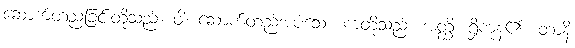
ဆောက်တည်ခြင်းတို့သည်။ ဝါ၊ ဆောက်တည်အပ်သော ကံတို့သည်။ အတ္ထိ၊ ရှိကုန်၏။ တာနိ